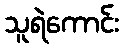
သူရဲကောင်း